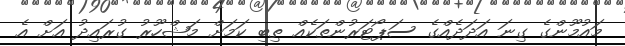
މައުމޫންގެ ގިނަ އަދަދެއްގެ ސަޕޯޓަރުންތަކެއް ތިބި ކަމަށް މަޝްހޫރު ގުރައިދު އަށް އެ